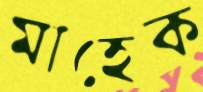
মাহেক